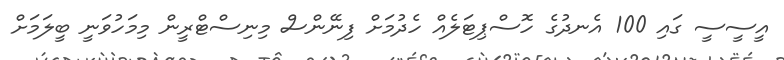
އީސީސީ ގައި 100 އެނދުގެ ހޮސްޕިޓަލެއް ހެދުމަށް ފިނޭންސް މިނިސްޓްރީން މިމަހުވަނީ ބީލަމަށް